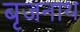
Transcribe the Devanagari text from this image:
बृजनाथ